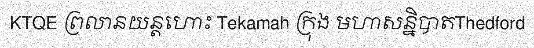
KTQE ព្រលានយន្តហោះ Tekamah ក្រុង មហាសន្និបាតThedford